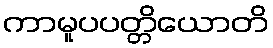
ကာမူပပတ္တိယောတိ